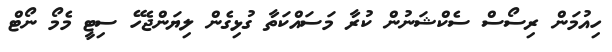
ހިއުމަން ރިސޯސް ސެކްޝަނުން ކުރާ މަސައްކަތާ ގުޅިގެން ލިޔަންޖެހޭ ސިޓީ މެމޯ ނޯޓް